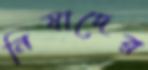
নিষাদের